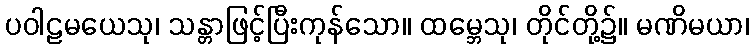
ပဝါဠမယေသု၊ သန္တာဖြင့်ပြီးကုန်သော။ ထမ္ဘေသု၊ တိုင်တို့၌။ မဏိမယာ၊